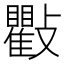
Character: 𭤒